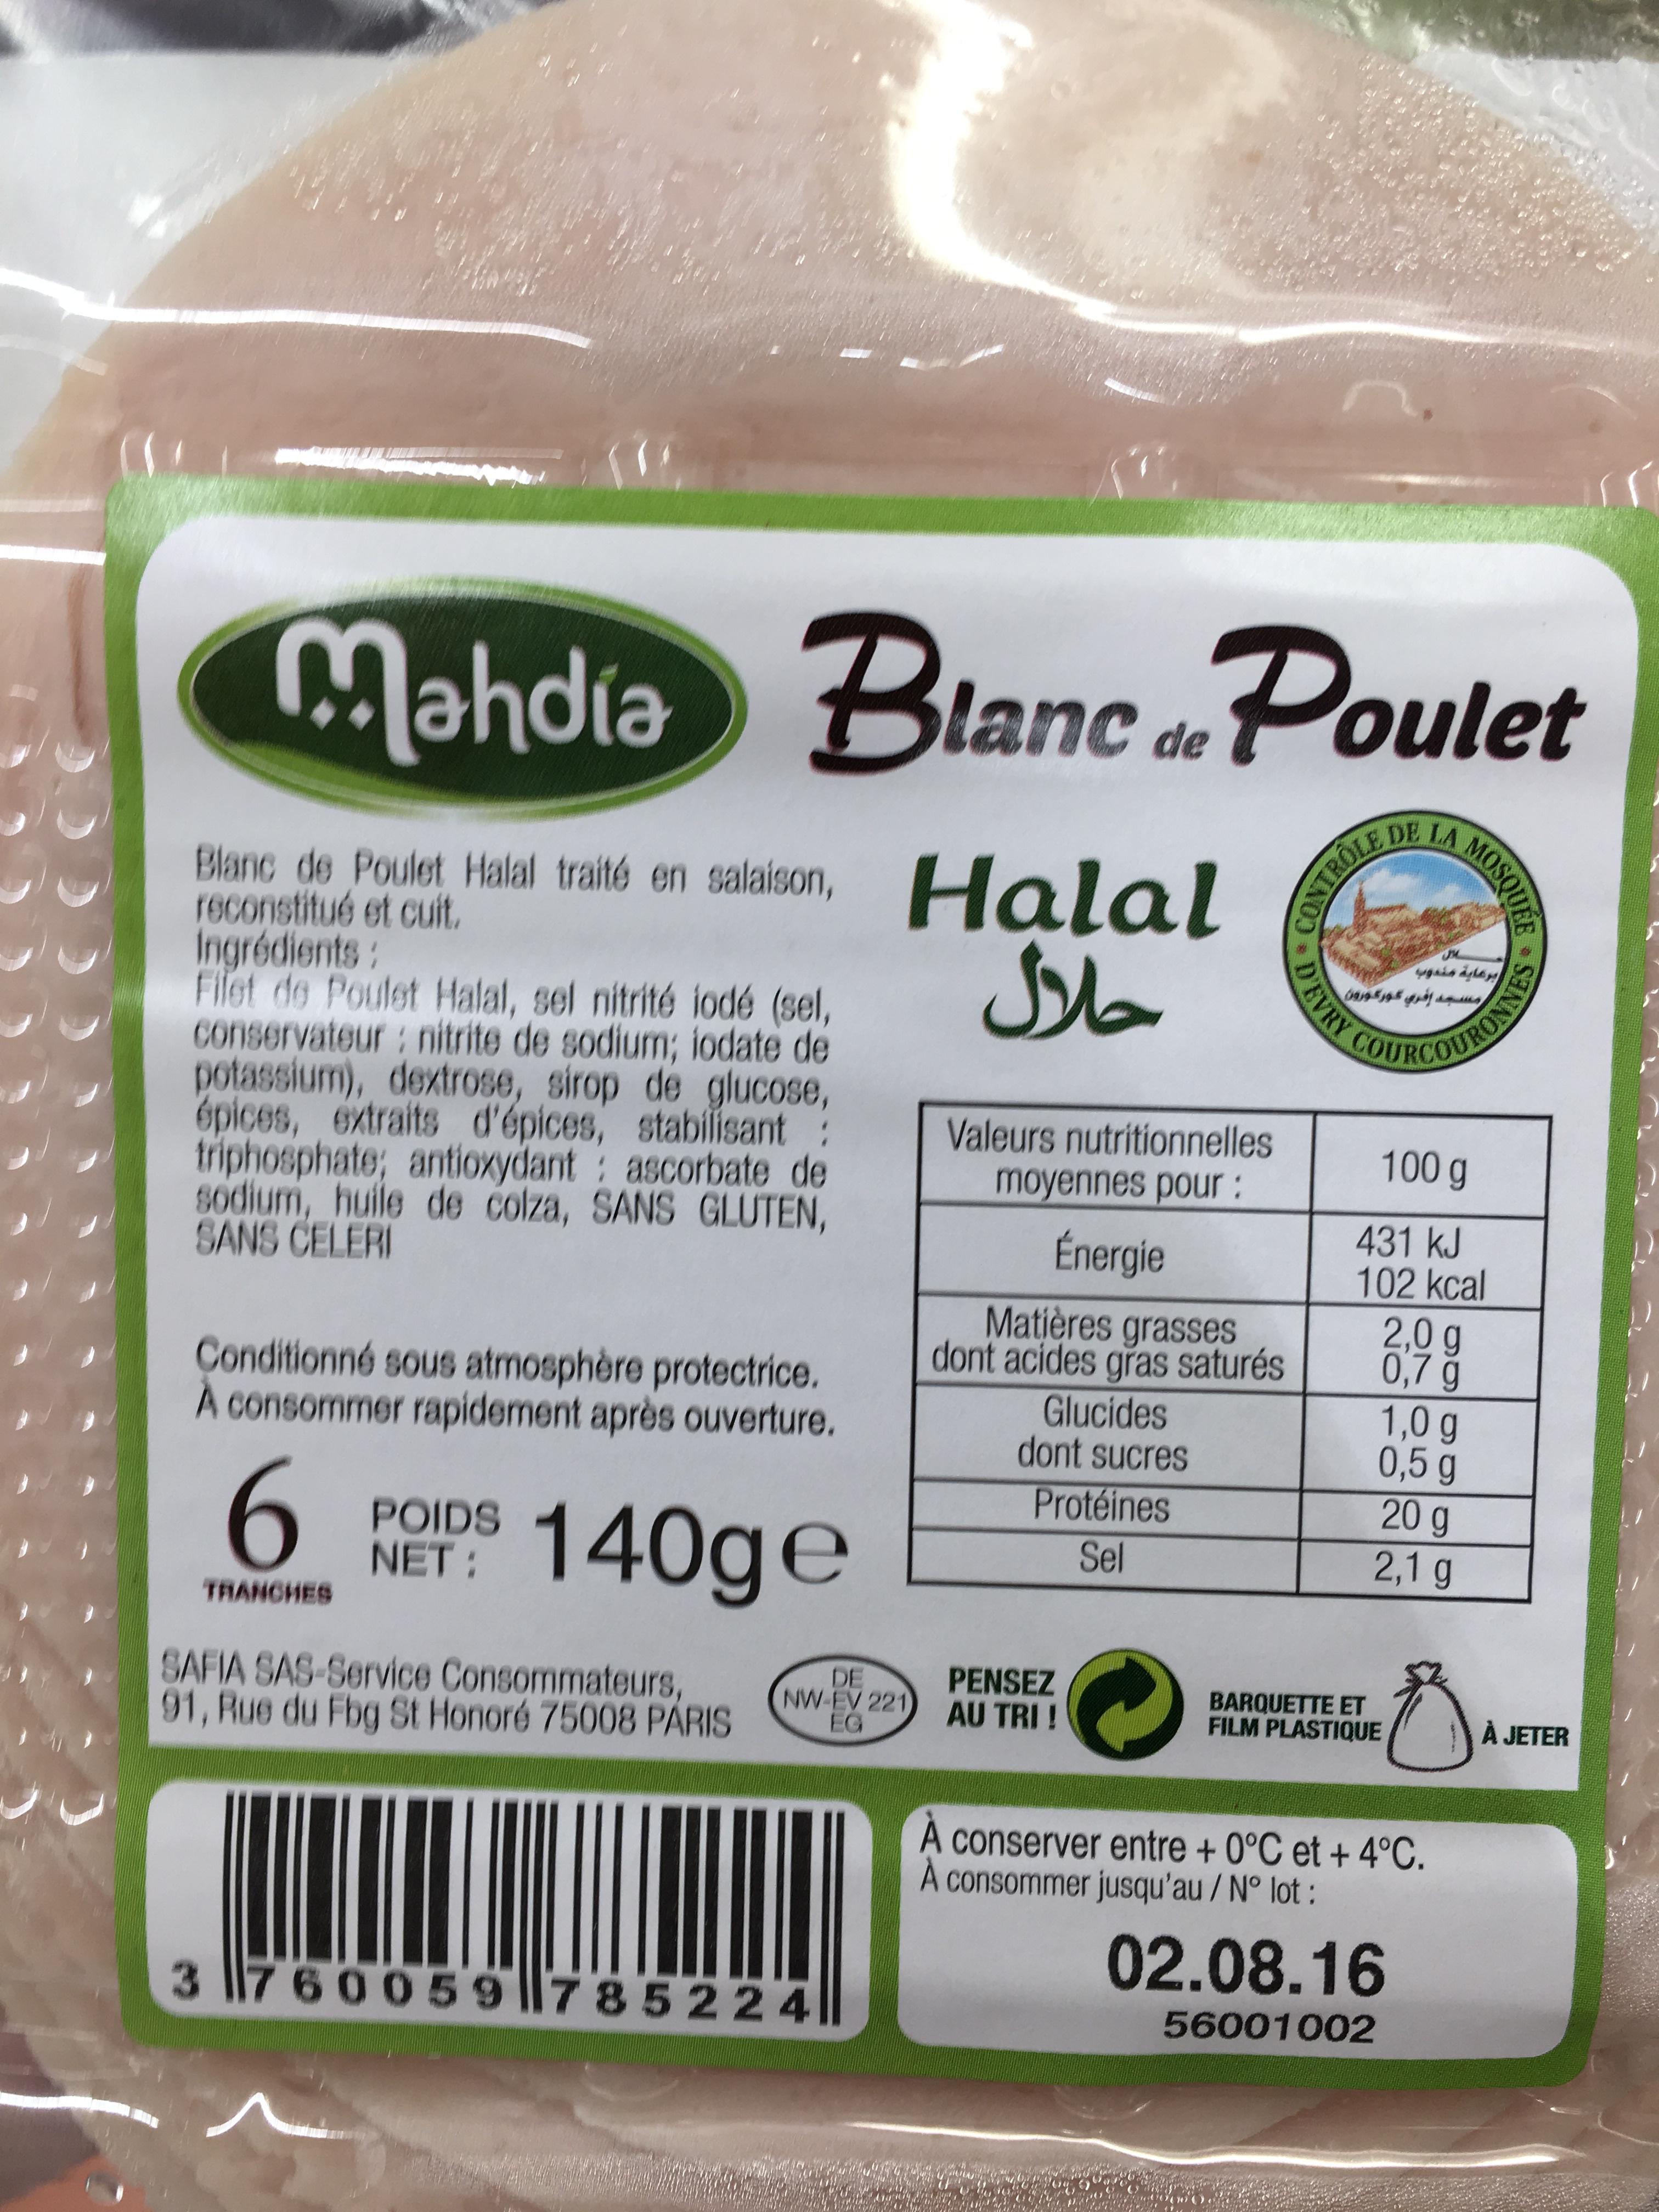
Mahdia Blanc Poulet
Blanc de Poulet Halal traité en salaison, Halal
reconstitué et cuit.
Ingrédients:
Filet de Poulet Halal, sel nitrité iodé (sel, conservateur : nitrite de sodium; iodate de potassium), dextrose, sirop de glucose, épices, extraits d'épices, stabilisant : triphosphate; antioxydant: ascorbate de sodium, huile de colza, SANS GLUTEN, SANS CELERI
Conditionné sous atmosphère protectrice. À consommer rapidement après ouverture.
140ge
6
TRANCHES
POIDS NET:
SAFIA SAS-Service Consommateurs, 91, Rue du Fbg St Honoré 75008 PARIS
DE NW-EV 221 FG
3 760059785224
حلال
de
Valeurs nutritionnelles moyennes pour :
Énergie
Matières grasses dont acides gras saturés
Glucides dont sucres Protéines Sel
PENSEZ AU TRI !
*
D'EVRY
FOND
LA
مسجد امري كوره ورور
MOSQUEE
برعاية مندوب
COURCOURONNES
100 g
431 kJ
102 kcal
2,0 g
0,7 g
BARQUETTE ET FILM PLASTIQUE
1,0 g
0,5 g
20 g
2,1 g
A conserver entre + 0°C et + 4°C. À consommer jusqu'au / N° lot :
02.08.16
56001002
Fo
À JETER
((